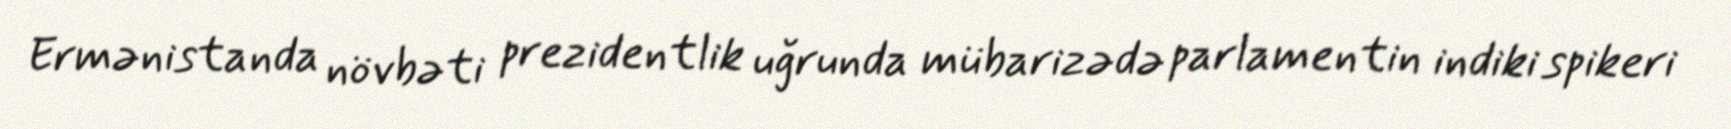
Ermənistanda növbəti prezidentlik uğrunda mübarizədə parlamentin indiki spikeri